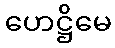
ဟေဋ္ဌိမေ